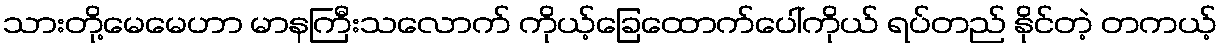
သားတို့မေမေဟာ မာနကြီးသလောက် ကိုယ့်ခြေထောက်ပေါ်ကိုယ် ရပ်တည် နိုင်တဲ့ တကယ့်